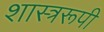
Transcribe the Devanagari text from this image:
शास्त्ररूपी